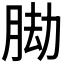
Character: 𦛕